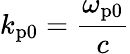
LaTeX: k_{\mathrm{p0}}=\frac{\omega_{\mathrm{p0}}}{c}